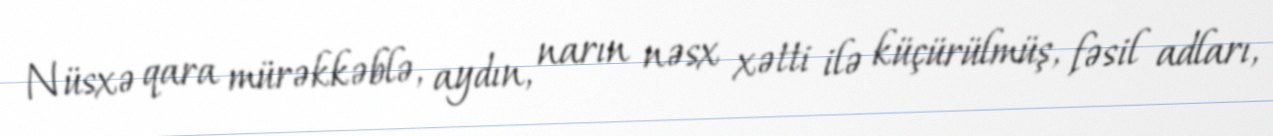
Nüsxə qara mürəkkəblə, aydın, narın nəsx xətti ilə küçürülmüş, fəsil adları,